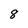
Character: 8